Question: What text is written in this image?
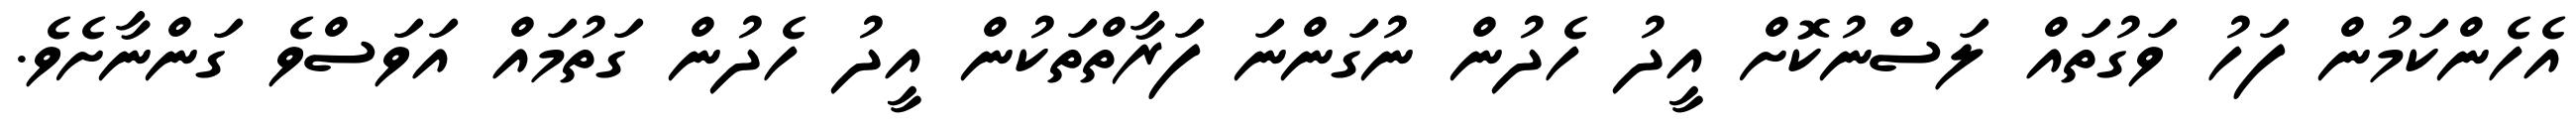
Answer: އެހެންކަމުން ފަހު ވަގުތައް ލަސްނުކޮށް އީދު ހެދުން ނުގަންނަ ފަރާތްތަކުން އީދު ހެދުން ގަތުމައް އަވަސްވެ ގަންނާށެވެ.